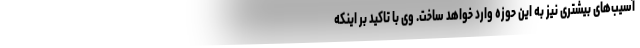
آسیب‌های بیشتری نیز به این حوزه وارد خواهد ساخت. وی با تاکید بر اینکه